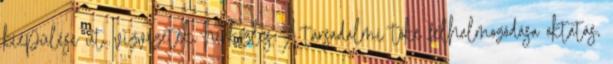
kiépülése út, vízvezeték, hírközlés A társadalmi tőke felhalmozódása oktatás,